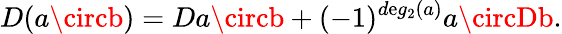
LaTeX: D(a\circb)=Da\circb+(-1)^{d\mathrm{e}g_{2}(a)}a\circDb.